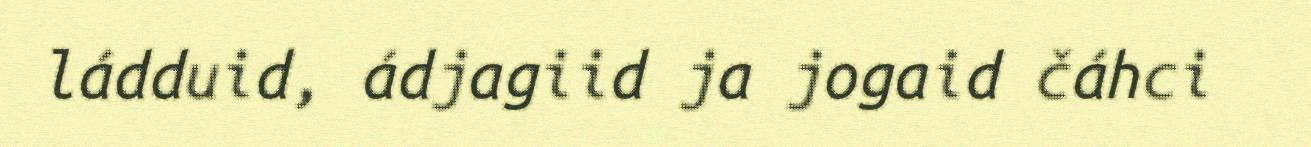
ládduid, ádjagiid ja jogaid čáhci